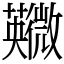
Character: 鿦